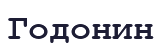
Годонин